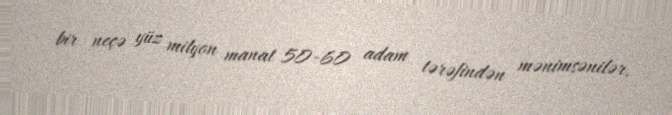
bir neçə yüz milyon manat 50-60 adam tərəfindən mənimsənilər.